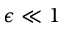
\epsilon \ll 1